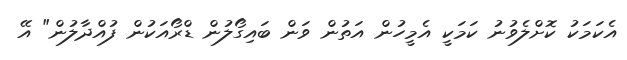
އެކަމަކު ކޮށްލެވުނު ކަމަކީ އެމީހުން އަތުން ވަން ބައިގޯލުން ޑްރޯއަކުން ފުއްދާލުން" އޭ